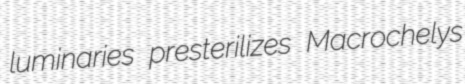
luminaries presterilizes Macrochelys